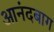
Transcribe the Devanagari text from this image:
आनंदबाग